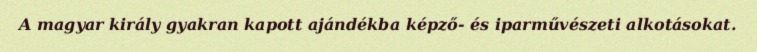
A magyar király gyakran kapott ajándékba képző- és iparművészeti alkotásokat.